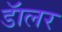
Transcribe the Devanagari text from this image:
डॅालर